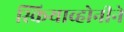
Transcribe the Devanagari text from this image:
स्कियाव्होनीने